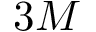
3 M